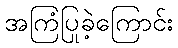
အကြံပြုခဲ့ကြောင်း